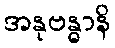
အနုဗန္ဓာနိ